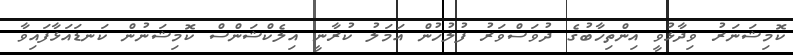
ކޮމިޝަނަރު ވިދާޅުވީ އިންތިހާބުގެ ދުވަސްވަރު ފުލުހުން އަމަލު ކުރާނީ އިލެކްޝަންސް ކޮމިޝަނުން ކަނޑައަޅާފައިވާ